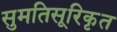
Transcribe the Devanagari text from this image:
सुमतिसूरिकृत